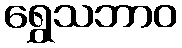
ရွှေသဘာဝ